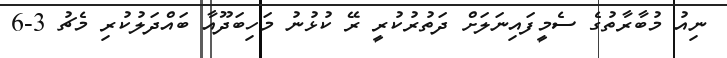
ނިއު މުބާރާތުގެ ސެމީފައިނަލަށް ދަތުރުކުރީ ރޭ ކުޅުނު މަހިބަދޫއާ ބައްދަލުކުރި މެޗު 3-6